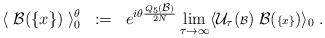
LaTeX: \begin{align*}\langle \; {\cal B}({\{x\}}) \; \rangle^\theta_0 \; \; := \; \;e^{i \theta \frac{Q_5({\scriptstyle{\cal B}})}{2N}} \lim_{\tau \rightarrow \infty}\langle {\cal U}_\tau ({\scriptstyle {\cal B}}) \; {\cal B}({\scriptstyle\{x\}}) \rangle_0 \; .\end{align*}